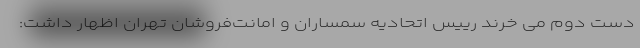
دست دوم می خرند رییس اتحادیه سمساران و امانت‌فروشان تهران اظهار داشت: